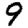
Digit: 9